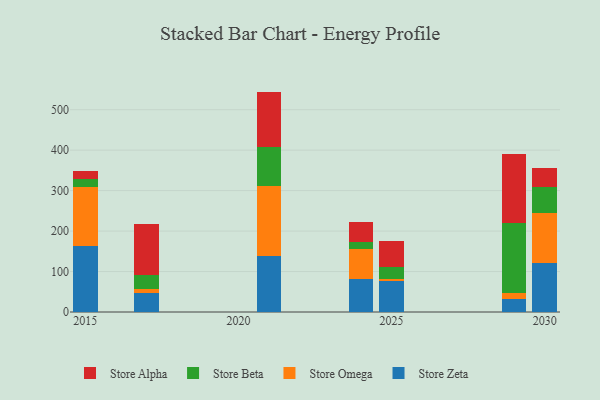
{"axis": {"x": "Year", "y": "Tickets Resolved"}, "legend": ["Store Alpha", "Store Beta", "Store Omega", "Store Zeta"], "data": [{"x": "2025", "y": 76.4, "type": "Store Zeta"}, {"x": "2025", "y": 6.0, "type": "Store Omega"}, {"x": "2025", "y": 28.7, "type": "Store Beta"}, {"x": "2025", "y": 65.6, "type": "Store Alpha"}, {"x": "2030", "y": 122.1, "type": "Store Zeta"}, {"x": "2030", "y": 123.6, "type": "Store Omega"}, {"x": "2030", "y": 64.1, "type": "Store Beta"}, {"x": "2030", "y": 45.3, "type": "Store Alpha"}, {"x": "2017", "y": 46.2, "type": "Store Zeta"}, {"x": "2017", "y": 10.5, "type": "Store Omega"}, {"x": "2017", "y": 34.5, "type": "Store Beta"}, {"x": "2017", "y": 125.1, "type": "Store Alpha"}, {"x": "2015", "y": 162.2, "type": "Store Zeta"}, {"x": "2015", "y": 146.4, "type": "Store Omega"}, {"x": "2015", "y": 20.9, "type": "Store Beta"}, {"x": "2015", "y": 18.7, "type": "Store Alpha"}, {"x": "2021", "y": 139.2, "type": "Store Zeta"}, {"x": "2021", "y": 173.3, "type": "Store Omega"}, {"x": "2021", "y": 94.2, "type": "Store Beta"}, {"x": "2021", "y": 138.0, "type": "Store Alpha"}, {"x": "2024", "y": 82.0, "type": "Store Zeta"}, {"x": "2024", "y": 74.1, "type": "Store Omega"}, {"x": "2024", "y": 16.7, "type": "Store Beta"}, {"x": "2024", "y": 50.5, "type": "Store Alpha"}, {"x": "2029", "y": 31.6, "type": "Store Zeta"}, {"x": "2029", "y": 16.2, "type": "Store Omega"}, {"x": "2029", "y": 172.8, "type": "Store Beta"}, {"x": "2029", "y": 169.6, "type": "Store Alpha"}]}